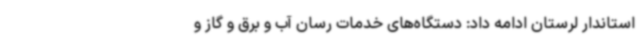
استاندار لرستان ادامه داد: دستگاه‌های خدمات رسان آب و برق و گاز و